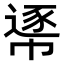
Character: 𢄘